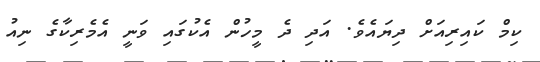
ކިމް ކައިރިއަށް ދިޔައެވެ. އަދި ދެ މީހުން އެކުގައި ވަނީ އެމެރިކާގެ ނިއު